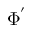
\Phi ^ { ' }